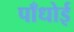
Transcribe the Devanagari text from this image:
पाँधोई